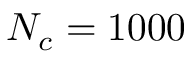
N _ { c } = 1 0 0 0